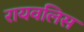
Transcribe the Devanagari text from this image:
रायवलिस